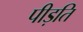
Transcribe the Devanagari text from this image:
पीड़ति